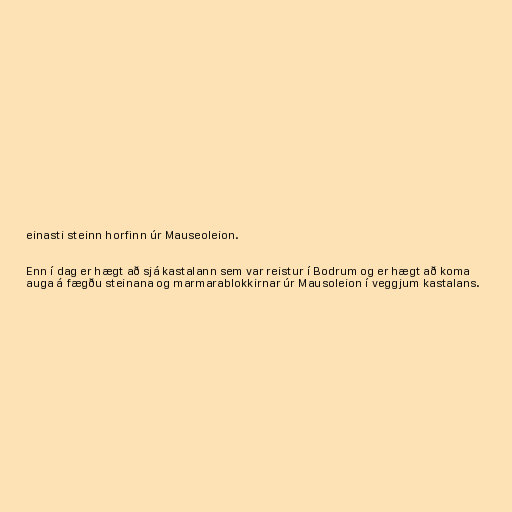
einasti steinn horfinn úr Mauseoleion.

Enn í dag er hægt að sjá kastalann sem var reistur í Bodrum og er hægt að koma
auga á fægðu steinana og marmarablokkirnar úr Mausoleion í veggjum kastalans.